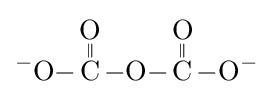
{\ce {^{-}O-{\overset {\displaystyle O \atop \|}{C}}-O-{\overset {\displaystyle O \atop \|}{C}}-O^{-}}}